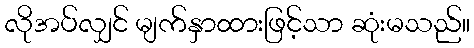
လိုအပ်လျှင် မျက်နှာထားဖြင့်သာ ဆုံးမသည်။